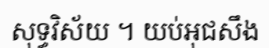
សុទ្ធវិស័យ ។ យប់អុជសឹង